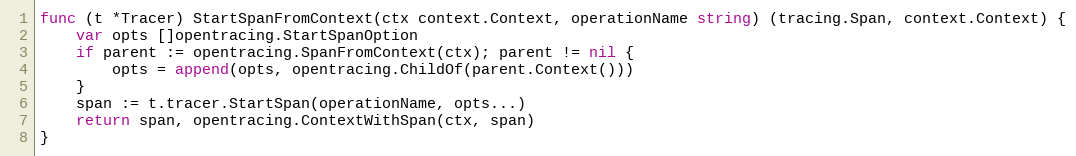
Language: Go
func (t *Tracer) StartSpanFromContext(ctx context.Context, operationName string) (tracing.Span, context.Context) {
	var opts []opentracing.StartSpanOption
	if parent := opentracing.SpanFromContext(ctx); parent != nil {
		opts = append(opts, opentracing.ChildOf(parent.Context()))
	}
	span := t.tracer.StartSpan(operationName, opts...)
	return span, opentracing.ContextWithSpan(ctx, span)
}